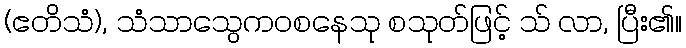
(ဧတိသံ), သံသာသွေကဝစနေသု စသုတ်ဖြင့် သ် လာ, ပြီး၏။